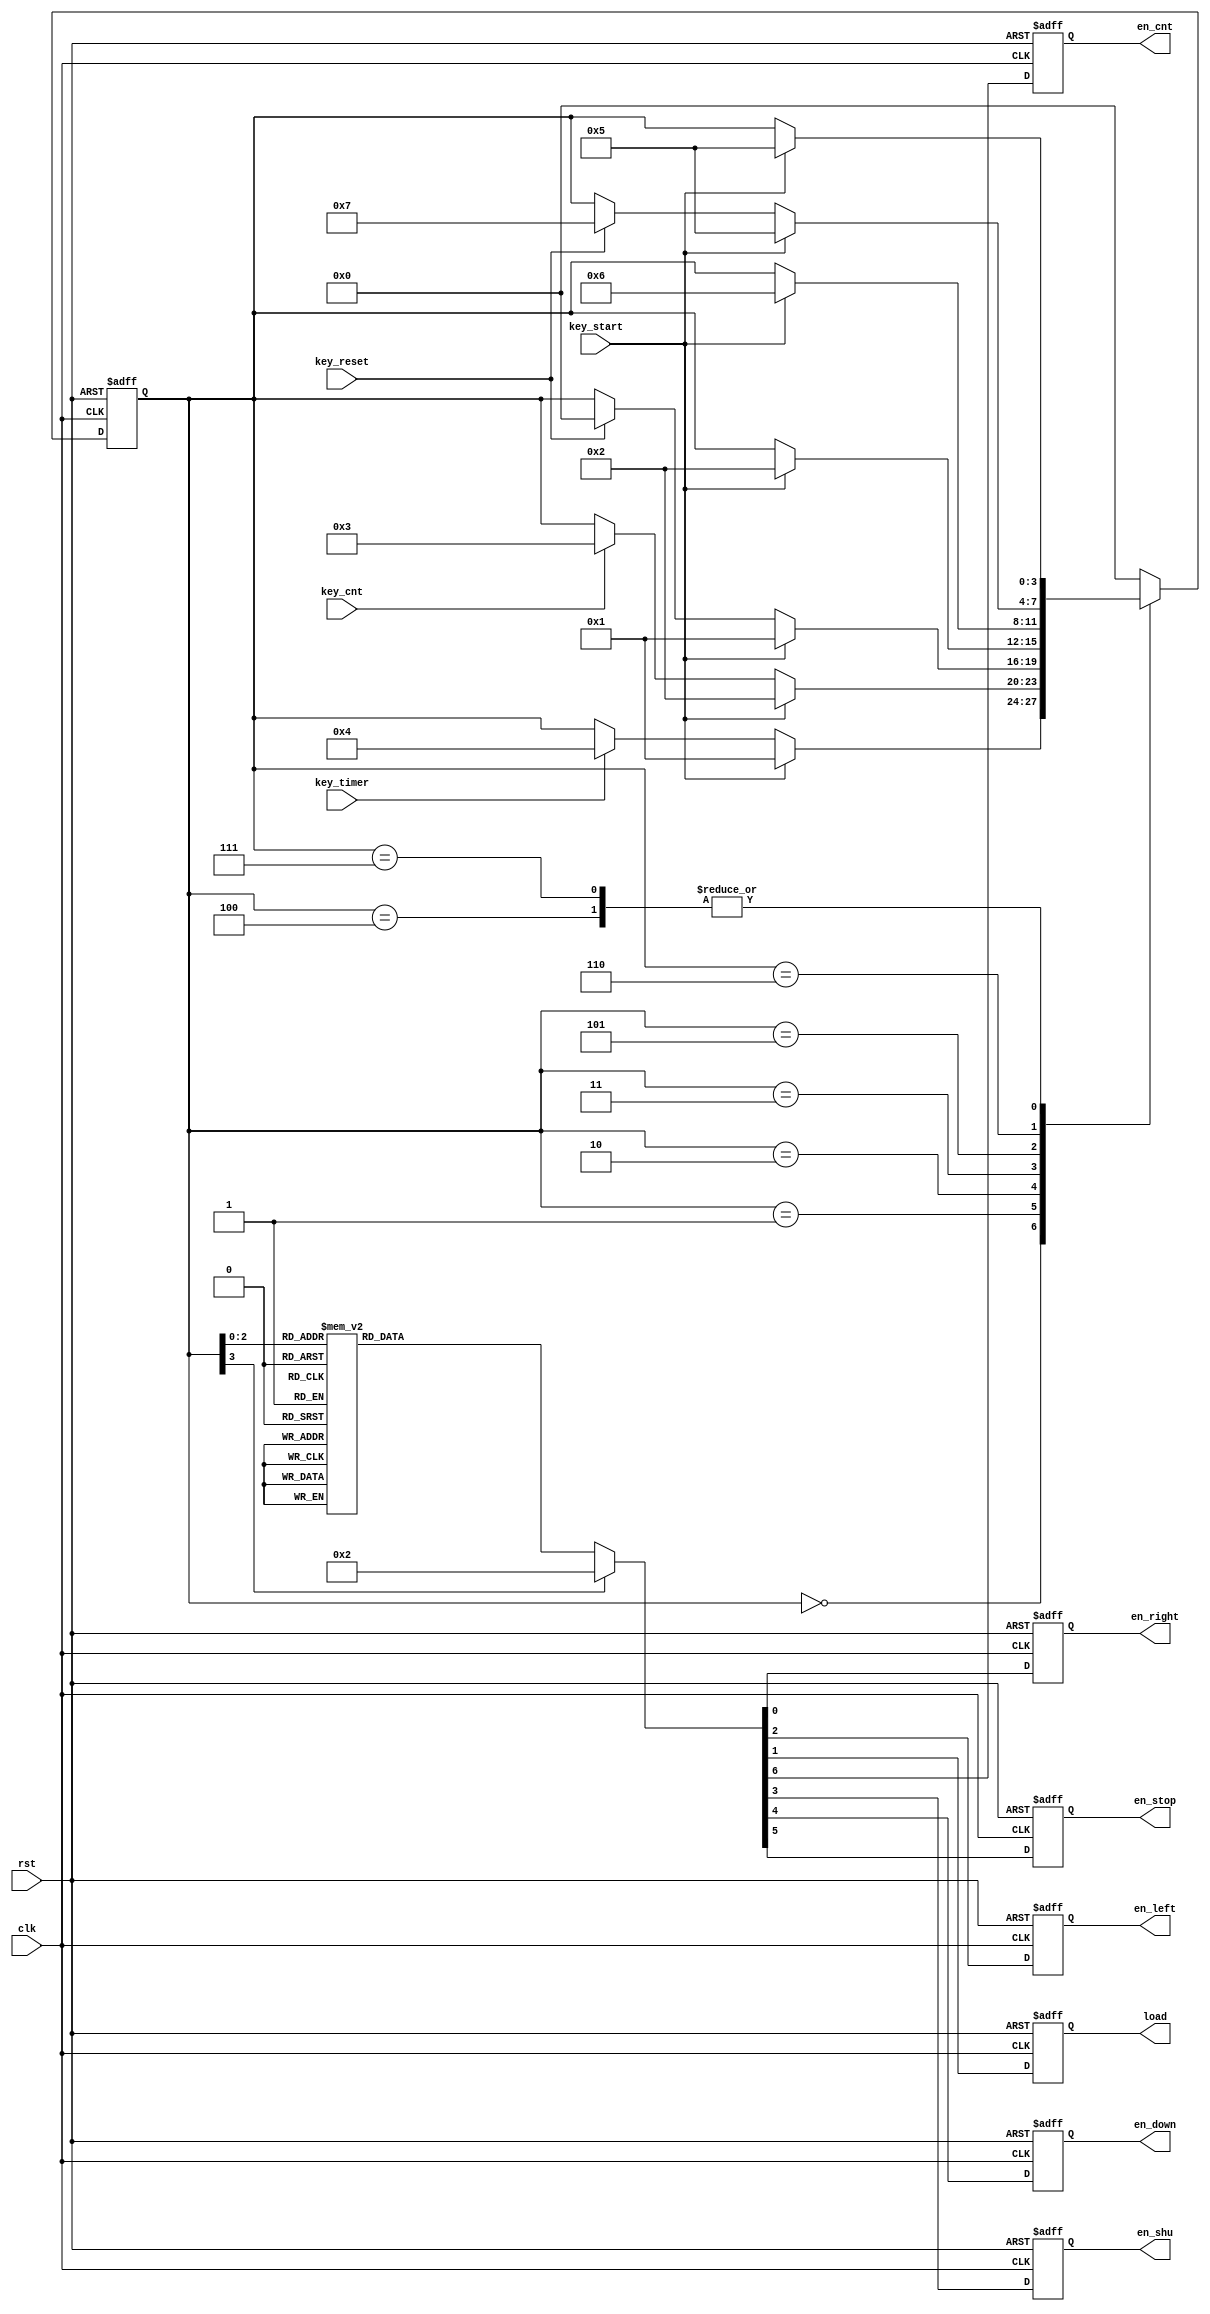
`timescale 1ns / 1ps
module zhuangtaiji(
input clk,
input rst,

input key_start,
input key_reset,
input key_cnt,
input key_timer,
output reg en_right,//
output reg en_left,//
output reg load,//
output reg en_cnt,//
output reg en_shu,//
output reg en_down,//
output reg en_stop//
    );
    parameter IDLE=3'b000;//0
    parameter START=3'b001;//
    parameter STOP=3'b010;//
    parameter CNT=3'b011;//
    parameter TIME=3'b100;//
    parameter COUNTDOWN=3'b101;//
    parameter STOP_1=3'b110;//
    parameter IDLE_1=3'b111;//
    reg[3:0]cstate;
    reg[3:0]nstate=0;
 
 //cstate
 always @(posedge clk or negedge rst)
 if(!rst)
    cstate<=IDLE;
 else
    cstate<=nstate;
 
 //nstate
 always @*
 case(cstate)
    IDLE:
      if(key_start==1) nstate=START;
      else if(key_timer==1)nstate=TIME;
      else nstate=cstate;
    START:
      if(key_start==1)nstate=STOP;
      else if(key_cnt==1)nstate=CNT;
      else nstate=cstate;
    STOP:
       if(key_start==1)nstate=START;
       else if(key_reset==1)nstate=IDLE;
       else nstate=cstate;
    CNT:
       if(key_start==1)nstate=STOP;
       else nstate=cstate;
    TIME:
        if(key_start==1) nstate=COUNTDOWN;
        else nstate=cstate;
    COUNTDOWN:
        if(key_start==1)nstate=STOP_1;
        else nstate=cstate;
    STOP_1:
       if(key_start==1)nstate=COUNTDOWN;
       else if(key_reset==1)nstate=IDLE_1;
       else nstate=cstate;
    IDLE_1:
      if(key_start==1) nstate=COUNTDOWN;
      else nstate=cstate;
    default:nstate=IDLE;
 endcase
 
 
 //output
always @(posedge clk or negedge rst)

 if(!rst)
 begin
     en_right<=0;
     en_left<=0;
     load<=1;
     en_shu<=0;
     en_down<=0;
     en_stop<=0;
     en_cnt<=0;                                       
 end
 
  else
  begin
     case(cstate)
        IDLE:begin
             en_right<=0;
             load<=1;
             en_left<=0;
             en_shu<=0;
             en_down<=0;
             en_stop<=0;
             en_cnt<=0;
             end
        START:begin
              en_right<=1;
              load<=0;
              en_left<=1;
              en_shu<=0;
              en_down<=0;
              en_stop<=0;
              en_cnt<=0;
              end
        STOP:begin
             en_right<=0;
             load<=0;
             en_left<=0;
             en_shu<=0;
             en_down<=0;
             en_stop<=0;
             en_cnt<=0;
             end
        CNT:begin//
            en_right<=1;
            load<=0;
            en_left<=0;
            en_shu<=0;
            en_down<=0;
            en_stop<=0;
            en_cnt<=1;
            end
        TIME:begin//
             en_right<=0;
             load<=0;
             en_left<=0;
             en_shu<=1;
             en_down<=0;
             en_stop<=0;
             en_cnt<=0;
             end
        COUNTDOWN:begin//
             en_right<=0;
             load<=0;
             en_left<=0;
             en_shu<=0;
             en_down<=1;
             en_stop<=0;
             en_cnt<=0;
             end
       STOP_1:begin//
             en_right<=0;
             load<=0;
             en_left<=0;
             en_shu<=0;
             en_down<=0;
             en_stop<=1;
             en_cnt<=0;
             end
       IDLE_1:begin//
             en_right<=0;
             load<=0;
             en_left<=0;
             en_shu<=1;
             en_down<=0;
             en_stop<=0;
             en_cnt<=0;
             end
        default:begin
              en_right<=0;
              load<=1;
              en_left<=0;
              en_shu<=0;
              en_down<=0;
              en_stop<=0;
              en_cnt<=0;
              end
   endcase
   end

endmodule